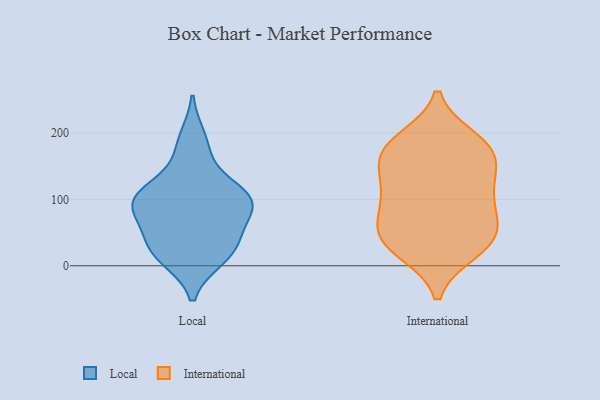
{"axis": {"x": "LTV (USD)", "y": "Value"}, "legend": ["International", "Local"], "data": [{"x": "", "y": 100, "type": "Local"}, {"x": "", "y": 172, "type": "Local"}, {"x": "", "y": 41, "type": "Local"}, {"x": "", "y": 120, "type": "Local"}, {"x": "", "y": 96, "type": "Local"}, {"x": "", "y": 192, "type": "Local"}, {"x": "", "y": 54, "type": "Local"}, {"x": "", "y": 104, "type": "Local"}, {"x": "", "y": 86, "type": "Local"}, {"x": "", "y": 24, "type": "Local"}, {"x": "", "y": 95, "type": "Local"}, {"x": "", "y": 12, "type": "Local"}, {"x": "", "y": 108, "type": "Local"}, {"x": "", "y": 14, "type": "Local"}, {"x": "", "y": 27, "type": "Local"}, {"x": "", "y": 83, "type": "Local"}, {"x": "", "y": 23, "type": "International"}, {"x": "", "y": 109, "type": "International"}, {"x": "", "y": 30, "type": "International"}, {"x": "", "y": 178, "type": "International"}, {"x": "", "y": 189, "type": "International"}, {"x": "", "y": 110, "type": "International"}, {"x": "", "y": 46, "type": "International"}, {"x": "", "y": 66, "type": "International"}, {"x": "", "y": 57, "type": "International"}, {"x": "", "y": 37, "type": "International"}, {"x": "", "y": 137, "type": "International"}, {"x": "", "y": 173, "type": "International"}, {"x": "", "y": 158, "type": "International"}, {"x": "", "y": 98, "type": "International"}, {"x": "", "y": 175, "type": "International"}]}